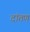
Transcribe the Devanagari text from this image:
दांतण